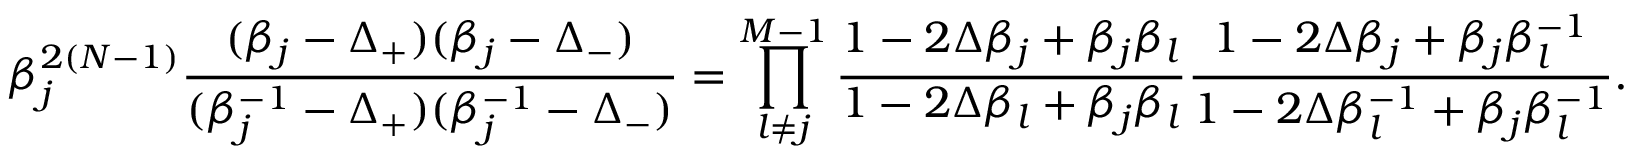
\beta _ { j } ^ { 2 ( N - 1 ) } \frac { ( \beta _ { j } - \Delta _ { + } ) ( \beta _ { j } - \Delta _ { - } ) } { ( \beta _ { j } ^ { - 1 } - \Delta _ { + } ) ( \beta _ { j } ^ { - 1 } - \Delta _ { - } ) } = \prod _ { l \neq j } ^ { M - 1 } \frac { 1 - 2 \Delta \beta _ { j } + \beta _ { j } \beta _ { l } } { 1 - 2 \Delta \beta _ { l } + \beta _ { j } \beta _ { l } } \frac { 1 - 2 \Delta \beta _ { j } + \beta _ { j } \beta _ { l } ^ { - 1 } } { 1 - 2 \Delta \beta _ { l } ^ { - 1 } + \beta _ { j } \beta _ { l } ^ { - 1 } } .